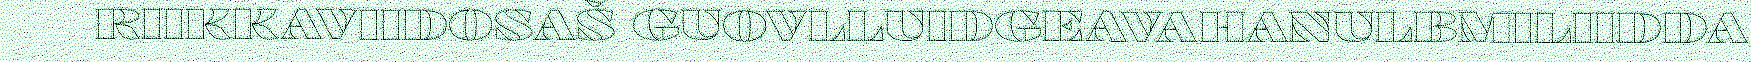
RIIKKAVIIDOSAŠ GUOVLLUIDGEAVAHANULBMILIIDDA